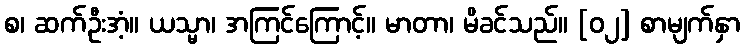
စ၊ ဆက်ဦးအံ့။ ယသ္မာ၊ အကြင်ကြောင့်။ မာတာ၊ မိခင်သည်။ [၀၂] စာမျက်နှာ